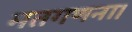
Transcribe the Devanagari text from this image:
मतगणना।